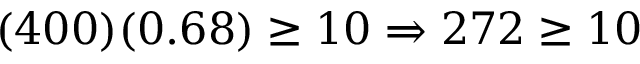
( 4 0 0 ) ( 0 . 6 8 ) \geq 1 0 \Rightarrow 2 7 2 \geq 1 0